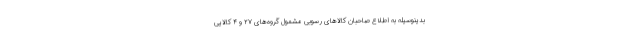
بدینوسیله به اطلاع صاحبان کالاهای رسوبی مشمول گروه‌های ۲۷ و ۴ کالایی